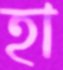
হা